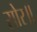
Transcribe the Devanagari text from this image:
सोर॥